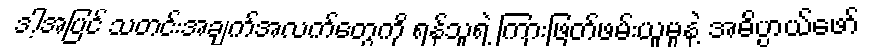
ဒါ့အပြင် သတင်းအချက်အလက်တွေကို ရန်သူရဲ့ ကြားဖြတ်ဖမ်းယူမှုနဲ့ အဓိပ္ပာယ်ဖော်